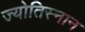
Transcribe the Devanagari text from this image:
ज्योतिस्नान